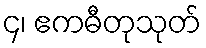
၄၊ ဧကဓီတုသုတ်